Madras plague regulations in force outside the Presidency town - Volume 2
Disease focus: Plague
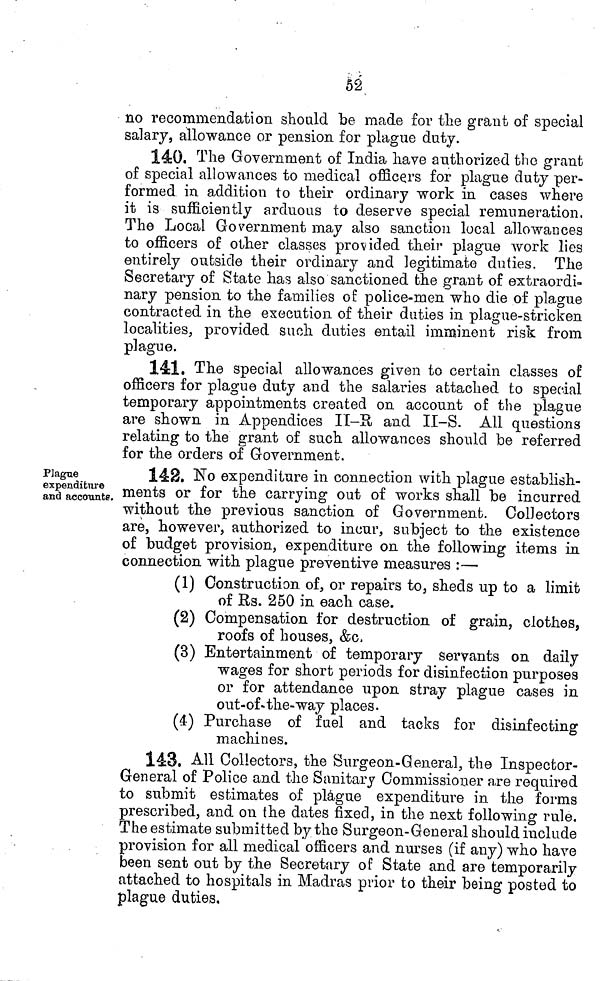
no recommendation should be made for the grant of special
salary, allowance or pension for plague duty.
140. The Government of India have authorized the grant
of special allowances to medical officers for plague duty per-
formed in addition to their ordinary work in cases where
it is sufficiently arduous to deserve special remuneration.
The Local Government may also sanction local allowances
to officers of other classes provided their plague work lies
entirely outside their ordinary and legitimate duties. The
Secretary of State has also sanctioned the grant of extraordi-
nary pension to the families of police-men who die of plague
contracted in the execution of their duties in plague-stricken
localities, provided such duties entail imminent risk from
plague.
141. The special allowances given to certain classes of
officers for plague dnty and the salaries attached to special
temporary appointments created on account of the plagne
are shown in Appendices IT-E, and II-S. All questions
relating to the grant of such allowances should be referred
for the orders of Government.
148. No expenditure in connection with plague establish-
ments or for the carrying out of works shall be incurred
without the previous sanction of Government. Collectors
are, however, authorized to incur, subject to the existence
of budget provision, expenditure on the following items in
connection with plague preventive measures :—
(1) Construction of, or repairs to, sheds up to a limit
of Rs. 250 in each case.
(2) Compensation for destruction of grain, clothes,
roofs of houses, &c,
(3) Entertainment of temporary servants on daily
wages for short periods for disinfection purposes
or for attendance upon stray plague cases in
out-of-the-way places.
(4) Purchase of fuel and tacks for disinfecting
machines.
143. All Collectors, the Surgeon-General, the Inspector-
General of Police and the Sanitary Commissioner are required
to submit estimates of plague expenditure in the forms
prescribed, and on the dates fixed, in the next following rule.
The estimate submitted by the Surgeon-General should include
provision for all medical officers and nurses (if any) who have
been sent out by the Secretary of State and are temporarily
attached to hospitals in Madras prior to their being posted to
plague duties,